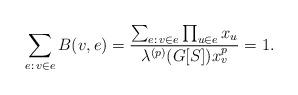
LaTeX: \begin{align*}\sum_{e:\,v\in e}B(v,e)=\frac{\sum_{e:\,v\in e}\prod_{u\in e}x_u}{\lambda^{(p)}(G[S]) x_v^p}=1.\end{align*}